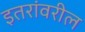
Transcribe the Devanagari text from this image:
इतरांवरील